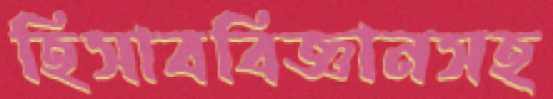
হিসাববিজ্ঞানসহ